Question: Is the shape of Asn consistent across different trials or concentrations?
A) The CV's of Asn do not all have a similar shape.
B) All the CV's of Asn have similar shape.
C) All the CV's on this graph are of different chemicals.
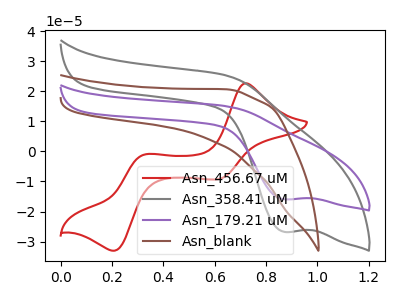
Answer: <think>The red curve "Asn_456.67 uM" has anodic peaks at (0.70V, 22.65uA) (0.35V, -1.10uA) and cathodic peaks at (0.60V, -9.25uA) (0.20V, -33.05uA). The gray curve "Asn_358.41 uM" has a cathodic peak at: (0.85V, -26.75uA). The purple curve "Asn_179.21 uM" has a cathodic peak at: (0.85V, -15.95uA). The brown curve "Asn_blank" has no peaks.
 "Asn_456.67 uM" and "Asn_358.41 uM" have a different number of peaks. "Asn_456.67 uM" and "Asn_179.21 uM" have a different number of peaks. "Asn_456.67 uM" and "Asn_blank" have a different number of peaks. All the peaks in "Asn_358.41 uM" have a peak in "Asn_179.21 uM" at the same potential. Every peak in "Asn_358.41 uM" is higher than every peak in "Asn_179.21 uM". "Asn_358.41 uM" and "Asn_blank" have a different number of peaks. "Asn_179.21 uM" and "Asn_blank" have a different number of peaks.</think>
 <answer>B) All the CV's of "Asn" have similar shape.</answer>
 <eval>B</eval>